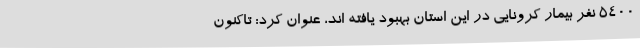
5400 نفر بیمار کرونایی در این استان بهبود یافته اند، عنوان کرد: تاکنون